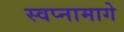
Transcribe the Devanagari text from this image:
स्वप्नामागे